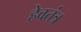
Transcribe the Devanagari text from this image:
हेवतंत्र